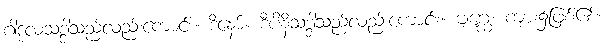
ဂါဒုလသဒ္ဒါသည်လည်းကောင်း။ ဒိနော်။ ဒီပိနိသဒ္ဒါသည်လည်းကောင်း။ ဗျဂ္ဃေ၊ ကျား၌ဖြစ်၏။